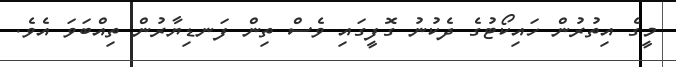
މީގެ އިތުރުން ހައިކޯޓުގެ ދެކުނު ގޮފީގައި ވެސް ތިން ފަނޑިޔާރުން ތިއްބަވަ އެވެ.